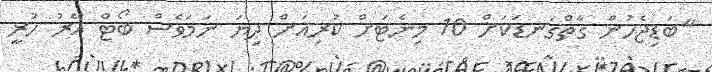
"ބަޑިޖެހުން ގާތްގަނޑަކަށް 10 މިނެޓަށް ކުރިއަށް ދިޔަ ނަމަވެސް ބޯޓް އޭރު ހުރީ